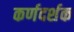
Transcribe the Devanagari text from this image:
कर्णदर्शक